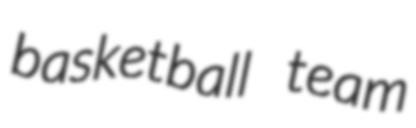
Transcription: basketball team